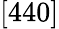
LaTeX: [440]